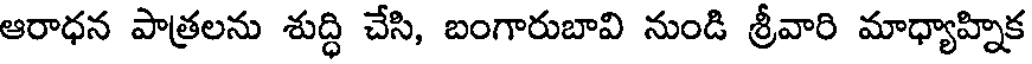
ఆరాధన పాత్రలను శుద్ధి చేసి, బంగారుబావి నుండి శ్రీవారి మాధ్యాహ్నిక